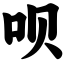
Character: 呗